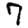
Digit: 7